Insane asylums in Bengal annual reports 1867-1875 - 1867-1875
Year: 1867
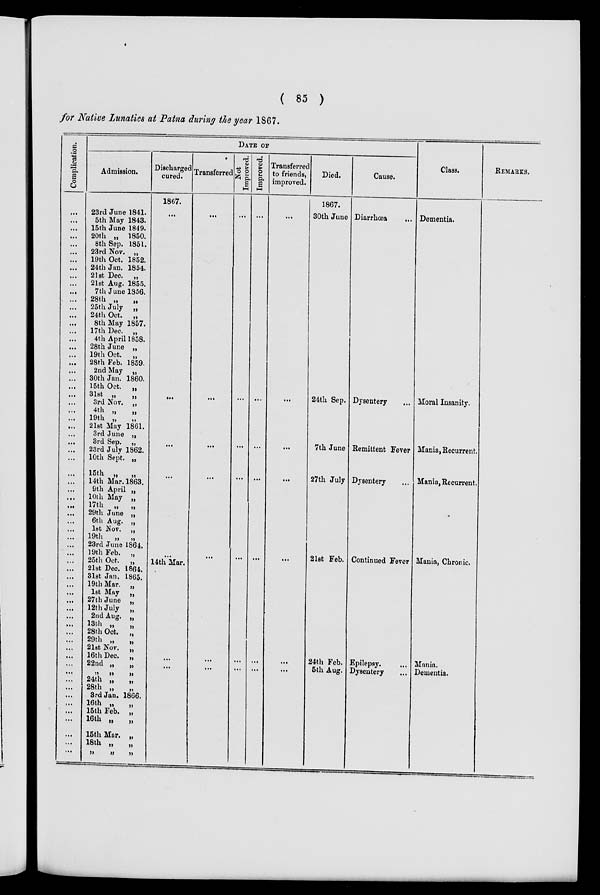
( 85 )
for Native Lunatics at Patna during the year 1867.
Complication.
...
...
...
...
...
...
...
...
...
...
...
...
...
...
...
...
...
...
...
...
...
...
...
...
...
...
...
...
...
...
...
...
...
...
...
...
...
...
...
...
...
...
...
...
...
...
...
...
...
...
...
...
...
...
...
...
...
...
...
...
...
...
...
...
...
...
...
DATE OF
Admission.
23rd June 1841.
5th May 1843.
15th June 1849.
20th „ 1850.
8th Sep. 1851.
23rd Nov. „
19th Oct. 1852.
24th Jan. 1854.
21st Dec. „
21st Aug. 1855.
7th June 1856.
28th „
„
25th July „
24th Oct. „
8th May 1857.
17th Dec. „
4th April 1858.
28th June „
19th Oct. „
28th Feb. 1859.
2nd May „
30th Jan. 1860.
15th Oct. „
31st
„
„
3rd Nov. „
4th „
„
19th „ „
21st May 1861.
3rd June „
3rd Sep. „
23rd July 1862.
10th Sept. „
15th „
„
14th Mar. 1863.
9 th April „
10th May „
17th „
„
29th June „
6th Aug. „
1st Nov. „
19th
„
„
23rd June 1864.
19th Feb. „
25th Oct. „
21st Dec. 1864.
31st Jan. 1865.
19th Mar. „
1st May „
27 th June „
12th July „
2nd Aug. „
13th „
„
28th Oct. „
29th „
„
21st Nov. „
16th Dec. „
22nd „
„
„ „ „
24th „
„
28th „
„
3rd Jan. 1866.
16th „
„
15th Feb. „
16th „
„
15th Mar. „
18th „
„
„ „ „
Discharged
cured.
1867.
...
...
...
...
...
14th Mar.
...
...
Transferred
...
...
...
...
...
...
Not
Improved.
...
...
...
...
...
...
Improved.
...
...
...
...
...
...
...
Transferred
to friends,
improved.
...
...
...
. ..
...
...
...
Died.
1867.
30th June
24th Sep.
7th June
27th July
21st Feb.
24th Feb.
5th Aug.
Cause.
Diarrhœa
...
Dysentery ...
Remittent Fever
Dysentery
Continued Fever
Epilepsy.
Dysentery
Class.
Dementia.
Moral Insanity.
Mania, Recurrent.
Mania, Recurrent.
Mania, Chronic.
Mania.
Dementia.
REMARKS.